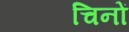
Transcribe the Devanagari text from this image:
चिनों